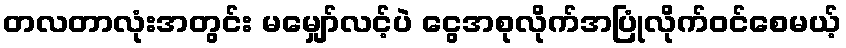
တလတာလုံးအတွင်း မမျှော်လင့်ပဲ ငွေအစုလိုက်အပြုံလိုက်ဝင်စေမယ့်